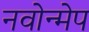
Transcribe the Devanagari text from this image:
नवोन्मेप